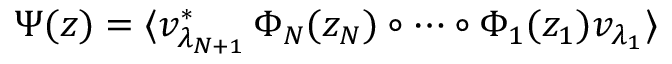
\Psi ( z ) = \langle v _ { \lambda _ { N + 1 } } ^ { \ast } \, \Phi _ { N } ( z _ { N } ) \circ \cdots \circ \Phi _ { 1 } ( z _ { 1 } ) v _ { \lambda _ { 1 } } \rangle